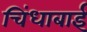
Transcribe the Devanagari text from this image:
चिंधाबाई